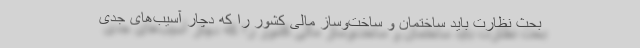
بحث نظارت باید ساختمان و ساخت‌وساز مالی كشور را كه دچار آسیب‌های جدی